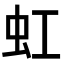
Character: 虹